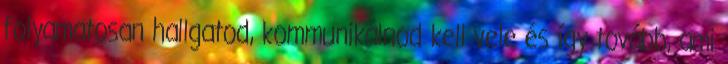
folyamatosan hallgatod, kommunikálnod kell vele és így tovább, ami